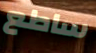
ساطع